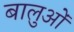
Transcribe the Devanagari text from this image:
बालुओं